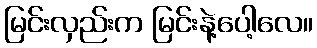
မြင်းလှည်းက မြင်းနဲ့ပေါ့လေ။